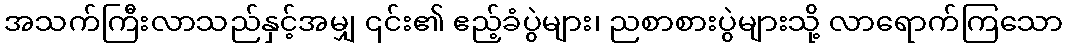
အသက်ကြီးလာသည်နှင့်အမျှ ၎င်း၏ ဧည့်ခံပွဲများ၊ ညစာစားပွဲများသို့ လာရောက်ကြသော